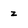
Character: z